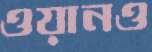
ওয়ানও